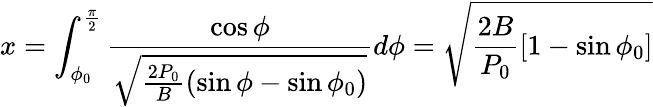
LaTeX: x=\int_{\phi_{0}}^{\frac{\pi}{2}}\frac{\cos\phi}{\sqrt{\frac{2P_{0}}{B}(\sin\phi-\sin\phi_{0})}}d\phi=\sqrt{\frac{2B}{P_{0}}[1-\sin\phi_{0}]}